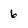
Character: 6